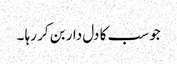
جو سب کا دل دار بن کر رہا ۔